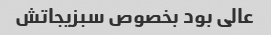
عالی بود بخصوص سبزیجاتش